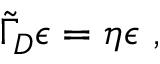
{ \widetilde \Gamma } _ { D } \epsilon = \eta \epsilon ~ ,